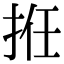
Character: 拰